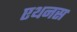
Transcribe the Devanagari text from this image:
एथनस